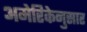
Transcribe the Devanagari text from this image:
अमेरिकेनुसार